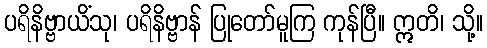
ပရိနိဗ္ဗာယိံသု၊ ပရိနိဗ္ဗာန် ပြုတော်မူကြ ကုန်ပြီ။ ဣတိ၊ သို့။